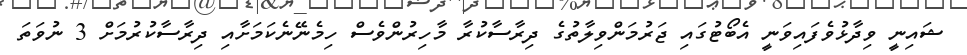
ޝައިނީ ވިދާޅުވެފައިވަނީ އެބޯޓުގައި ޖަރުމަންވިލާތުގެ ދިރާސާކުރާ މާހިރުންވެސް ހިމެނޭނެކަމަށާއި ދިރާސާކުރުމަށް 3 ނުވަތަ